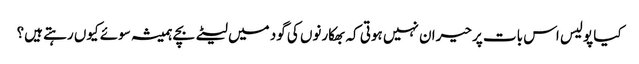
کیا پولیس اس بات پر حیران نہیں ہوتی کہ بھکارنوں کی گود میں لیٹے بچے ہمیشہ سوئے کیوں رہتے ہیں؟